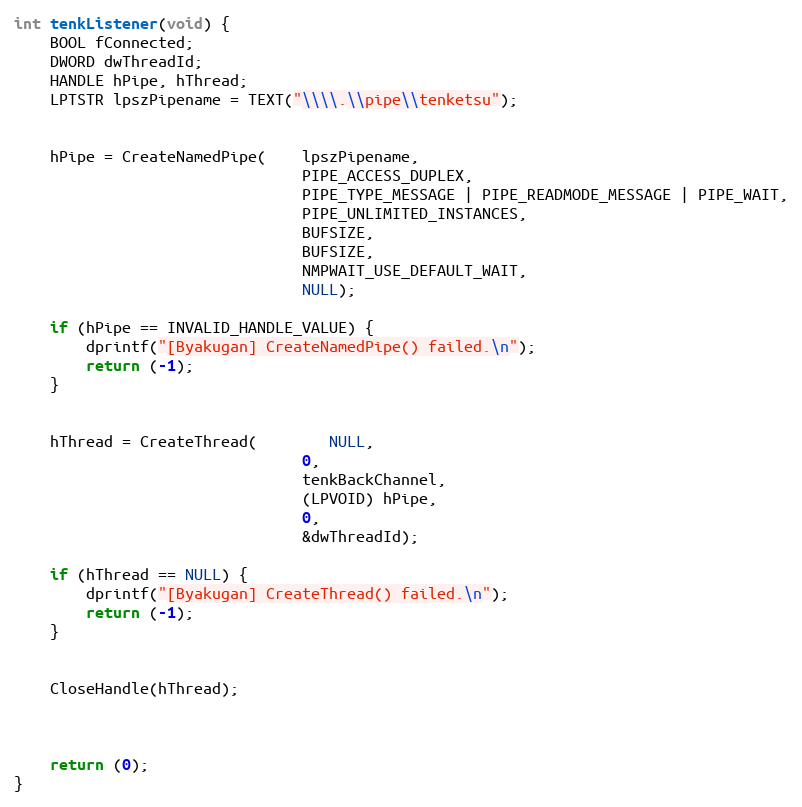
Language: C++
int tenkListener(void) {
   	BOOL fConnected;
   	DWORD dwThreadId;
   	HANDLE hPipe, hThread;
   	LPTSTR lpszPipename = TEXT("\\\\.\\pipe\\tenketsu");

	hPipe = CreateNamedPipe(	lpszPipename,
								PIPE_ACCESS_DUPLEX,
								PIPE_TYPE_MESSAGE | PIPE_READMODE_MESSAGE | PIPE_WAIT,
								PIPE_UNLIMITED_INSTANCES,
								BUFSIZE,
								BUFSIZE,
								NMPWAIT_USE_DEFAULT_WAIT,
								NULL);

	if (hPipe == INVALID_HANDLE_VALUE) {
		dprintf("[Byakugan] CreateNamedPipe() failed.\n");
		return (-1);
	}

	hThread = CreateThread(		NULL,
								0,
								tenkBackChannel,
								(LPVOID) hPipe,
								0,
								&dwThreadId);

    if (hThread == NULL) {
        dprintf("[Byakugan] CreateThread() failed.\n");
        return (-1);
    }

	CloseHandle(hThread);

	return (0);
}